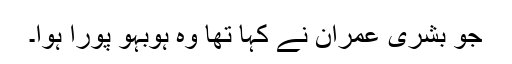
جو بشریٰ عمران نے کہا تھا وہ ہوبہو پورا ہوا۔